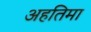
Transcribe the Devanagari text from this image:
अहतिमा